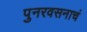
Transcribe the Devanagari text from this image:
पुनरवसनाचं